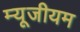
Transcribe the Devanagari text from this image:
म्यूजीयम